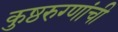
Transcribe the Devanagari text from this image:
कुष्ठरुग्णांची